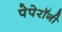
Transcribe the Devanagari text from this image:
पेपेरॉनी